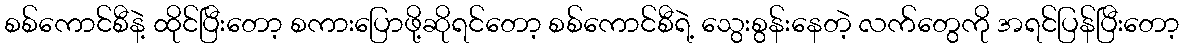
စစ်ကောင်စီနဲ့ ထိုင်ပြီးတော့ စကားပြောဖို့ဆိုရင်တော့ စစ်ကောင်စီရဲ့ သွေးစွန်းနေတဲ့ လက်တွေကို အရင်ပြန်ပြီးတော့